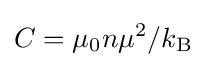
C=\mu _{0}n\mu ^{2}/k_{\rm {B}}